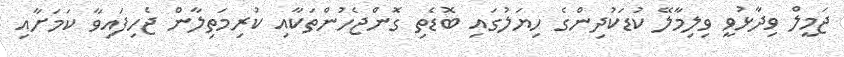
ޖަމީލް ވިދާޅުވީ ވިލިމާލޭ ކުޑަކުދިންގެ ހިޔަލުގައި ބޮޑެތި ގޮންޖެހުންތަކާއި ކުރިމަތިލާން ޖެހިފައިވާ ކަމަށާއި